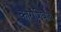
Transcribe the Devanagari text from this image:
कारांशिवाय